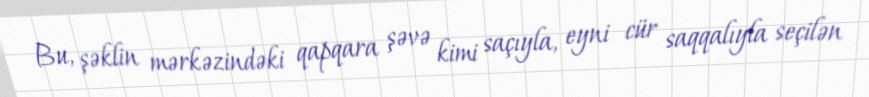
Bu, şəklin mərkəzindəki qapqara şəvə kimi saçıyla, eyni cür saqqalıyla seçilən